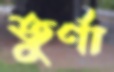
তুর্ণা